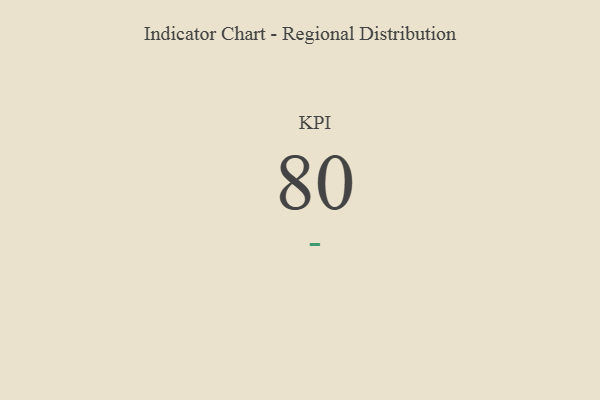
{"axis": {"x": "KPI", "y": "Value"}, "legend": [""], "data": [{"x": "KPI", "y": 80, "type": ""}]}